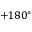
+ 1 8 0 ^ { \circ }